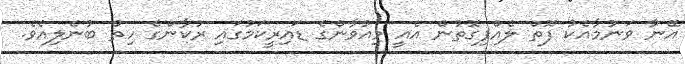
އޭނާ ވަނުމާއެކު ފޮތް ލެއްޕިގޮތުން އެއީ މިއުވާންގެ ޑައިރީކަމުގައި ރުކާންގެ ހިތް ބުނެލިއެވެ.